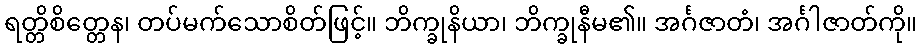
ရတ္တိစိတ္တေန၊ တပ်မက်သောစိတ်ဖြင့်။ ဘိက္ခုနိယာ၊ ဘိက္ခုနီမ၏။ အင်္ဂဇာတံ၊ အင်္ဂါဇာတ်ကို။